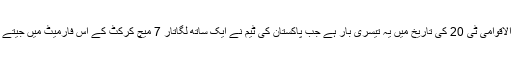
بین الاقوامی ٹی 20 کی تاریخ میں یہ تیسری بار ہے جب پاکستان کی ٹیم نے ایک ساتھ لگاتار 7 میچ کرکٹ کے اس فارمیٹ میں جیتے ہیں۔